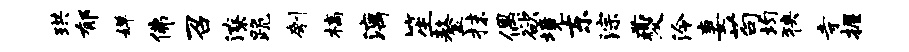
珙郁婵佛召潦跪刳槁漓笙鏊抹偶欲境东淙夔泠妻苟均狭寺握